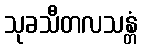
သုခသီတလသန္တံ